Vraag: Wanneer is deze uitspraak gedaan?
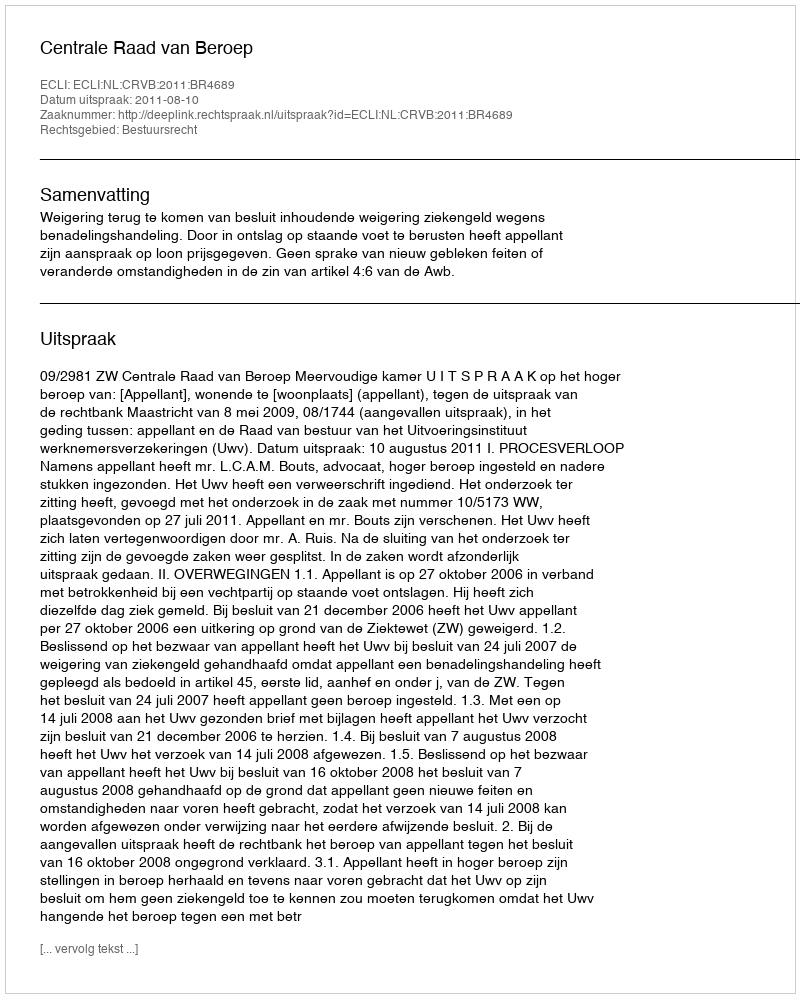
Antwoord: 2011-08-10